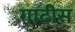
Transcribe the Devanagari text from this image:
गादीस